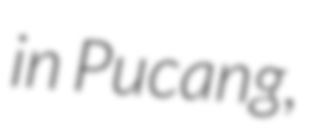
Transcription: in Pucang,